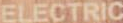
ELECTRIC